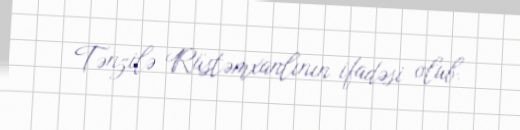
Tənzilə Rüstəmxanlının ifadəsi olub.